Vaccination in Bombay 1874-1876 - 1874-1876
Year: 1874
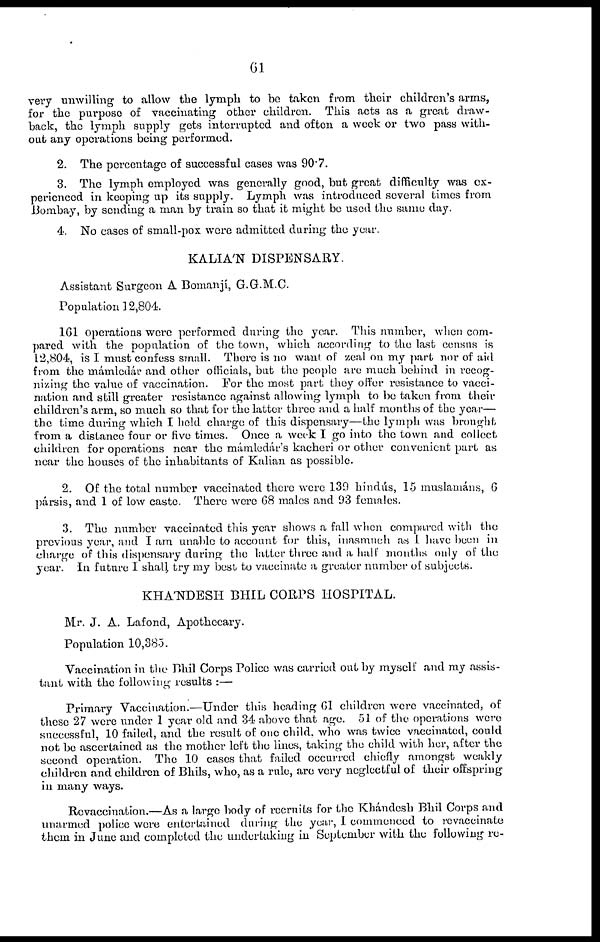
61
very unwilling to allow the lymph to be taken from their children's arms,
for the purpose of vaccinating other children. This acts as a great draw-
back, the lymph supply gets interrupted and often a week or two pass with-
out any operations being performed.
2. The percentage of successful cases was 90.7.
3. The lymph employed was generally good, but great difficulty was ex-
perienced in keeping up its supply. Lymph was introduced several times from
Bombay, by sending a man by train so that it might be used the same day.
4. No cases of small-pox were admitted during the year.
KALIA'N DISPENSARY.
Assistant Surgeon A Bomanjí, G.G.M.C.
Population 12,804.
161 Operations were performed during the year. This number, when com-
pared with the population of the town, which according to the last census is
12,804, is I must confess small. There is no want of zeal on my part nor of aid
from the mámledár and other officials, but the people are much behind in recog-
nizing the value of vaccination. For the most part they offer resistance to vacci-
nation and still greater resistance against allowing lymph to be taken from their
children's arm, so much so that for the latter three and a half months of the year—
the time during which I held charge of this dispensary—the lymph was brought
from a distance four or five times. Once a week I go into the town and collect
children for operations near the mámledár's kacheri or other convenient part as
near the houses of the inhabitants of Kalian as possible.
2. Of the total number vaccinated there were 139 hindús, 15 muslamáns, 6
pársis, and 1 of low caste. There were 68 males and 93 females.
3. The number vaccinated this year shows a fall when compared with the
previous year, and I am unable to account for this, inasmuch as I have been in
charge of this dispensary during the latter three and a half months only of the
year. In future I shall try my best to vaccinate a greater number of subjects.
KHA'NDESH BHIL CORPS HOSPITAL.
Mr. J. A. Lafond, Apothecary.
Population 10,385.
Vaccination in the Bhil Corps Police was carried out by myself and my assis-
tant with the following results :—
Primary Vaccination.—Under this heading 61 children were vaccinated, of
these 27 were under 1 year old and 34 above that age. 51 of the operations were
successful, 10 failed, and the result of one child, who was twice vaccinated, could
not be ascertained as the mother left the lines, taking the child with her, after the
second operation. The 10 cases that failed occurred chiefly amongst weakly
children and children of Bhils, who, as a rule, are very neglectful of their offspring
in many ways.
Revaccination.—As a large body of recruits for the Khándesh Bhil Corps and
unarmed police were entertained during the year, I commenced to revaccinate
them in June and completed the undertaking in September with the following re-